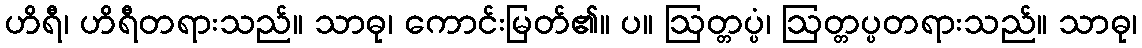
ဟိရီ၊ ဟိရီတရားသည်။ သာဓု၊ ကောင်းမြတ်၏။ ပ။ ဩတ္တပ္ပံ၊ ဩတ္တပ္ပတရားသည်။ သာဓု၊